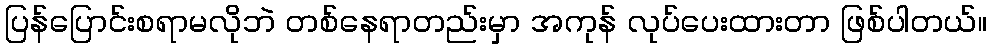
ပြန်ပြောင်းစရာမလိုဘဲ တစ်နေရာတည်းမှာ အကုန် လုပ်ပေးထားတာ ဖြစ်ပါတယ်။